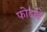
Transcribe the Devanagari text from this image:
फोडावे